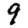
Digit: 9